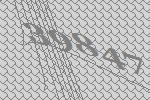
39847